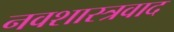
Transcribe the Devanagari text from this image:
नवशास्त्रवाद